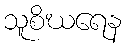
သူစိဃရေန